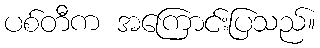
ပစ်တီက အကြောင်းပြသည်။